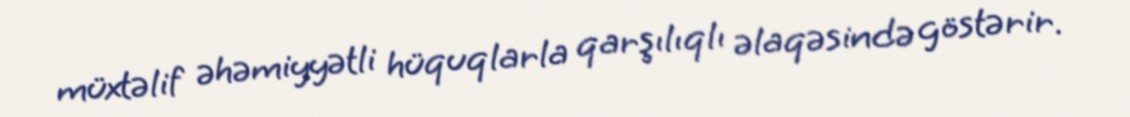
müxtəlif əhəmiyyətli hüquqlarla qarşılıqlı əlaqəsində göstərir.